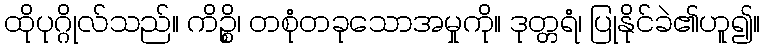
ထိုပုဂ္ဂိုလ်သည်။ ကိဉ္စိ၊ တစုံတခုသောအမှုကို။ ဒုတ္တရံ၊ ပြုနိုင်ခဲ၏ဟူ၍။